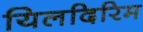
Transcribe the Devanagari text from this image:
यिलदिरिम